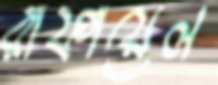
রাফায়েল